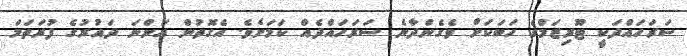
ސަރަހައްދަކީ ޓޫރިޒަމްގެ ހަބަކަށް ވެގެންދާނެ ސަރަހައްދެއް ކަމަށެވެ. އެގޮތުން އަންނަ ދައުރުގެ ފުރަތަމަ